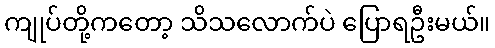
ကျုပ်တို့ကတော့ သိသလောက်ပဲ ပြောရဦးမယ်။